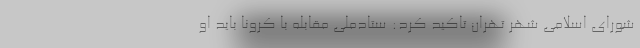
شورای اسلامی شهر تهران تاکید کرد: ستادملی مقابله با کرونا باید او